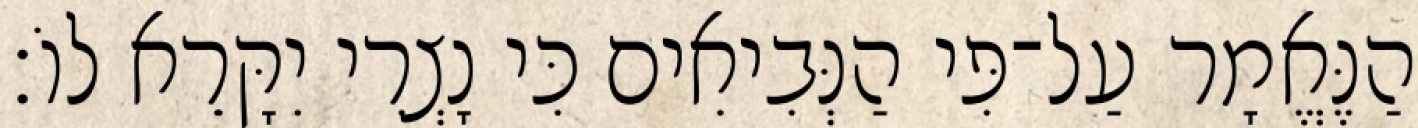
הַנֶּאֱמָר עַל־פִּי הַנְּבִיאִים כִּי נָצְרִי יִקָּרֵא לוֹ׃